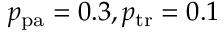
p _ { \mathrm { p a } } = 0 . 3 , p _ { \mathrm { t r } } = 0 . 1